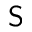
{ \sf S }